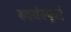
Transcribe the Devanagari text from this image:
स्वयंस्फूर्त